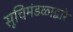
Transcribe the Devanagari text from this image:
सूचिमंडळाद्वारे